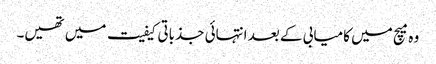
وہ میچ میں کامیابی کے بعد انتہائی جذباتی کیفیت میں تھیں۔